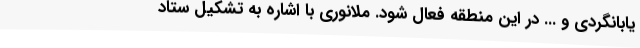
یابانگردی و ... در این منطقه فعال شود. ملانوری با اشاره به تشکیل ستاد